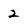
Character: 2